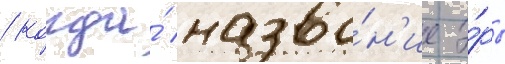
/ когда́ назва́н'ие э́ры